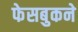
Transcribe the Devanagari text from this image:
फेसबुकने